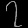
Digit: ၇